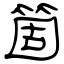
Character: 箇